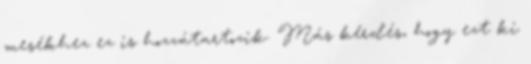
mesékhez ez is hozzátartozik. Más kérdés, hogy ezt ki